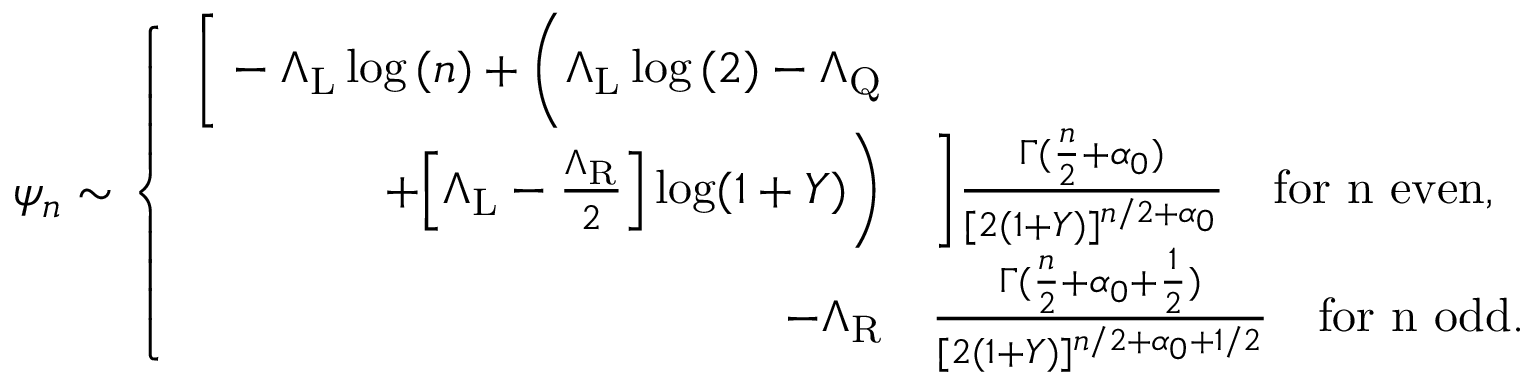
\psi _ { n } \sim \left\{ \begin{array} { r l } { \bigg [ - \Lambda _ { \mathrm { L } } \log { ( n ) } + \bigg ( \Lambda _ { \mathrm { L } } \log { ( 2 ) } - \Lambda _ { \mathrm { Q } } } & { } \\ { + \Big [ \Lambda _ { \mathrm { L } } - \frac { \Lambda _ { \mathrm { R } } } { 2 } \Big ] \log ( 1 + Y ) \bigg ) } & { \bigg ] \frac { \Gamma ( \frac { n } { 2 } + \alpha _ { 0 } ) } { [ 2 ( 1 + Y ) ] ^ { n / 2 + \alpha _ { 0 } } } \quad \mathrm { f o r ~ n ~ e v e n } , } \\ { - \Lambda _ { \mathrm { R } } } & { \frac { \Gamma ( \frac { n } { 2 } + { \alpha _ { 0 } + \frac { 1 } { 2 } } ) } { [ 2 ( 1 + Y ) ] ^ { n / 2 + { \alpha _ { 0 } + 1 / 2 } } } \quad \mathrm { f o r ~ n ~ o d d } . } \end{array} \right.